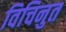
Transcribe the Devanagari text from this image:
विचिनुत